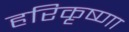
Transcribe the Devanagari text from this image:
हरिकृष्णा